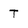
Character: T